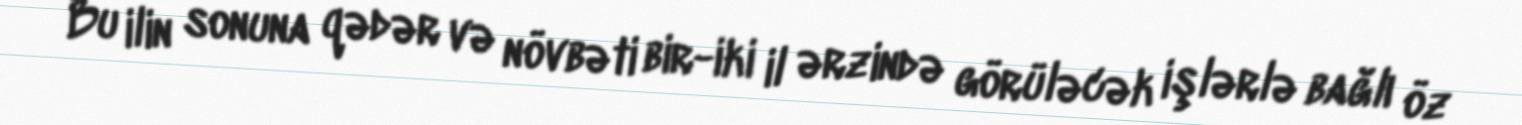
Bu ilin sonuna qədər və növbəti bir-iki il ərzində görüləcək işlərlə bağlı öz